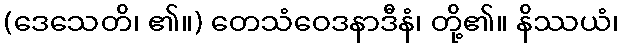
(ဒေသေတိ၊ ၏။) တေသံဝေဒနာဒီနံ၊ တို့၏။ နိဿယံ၊